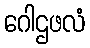
ဂေါဌဖလံ